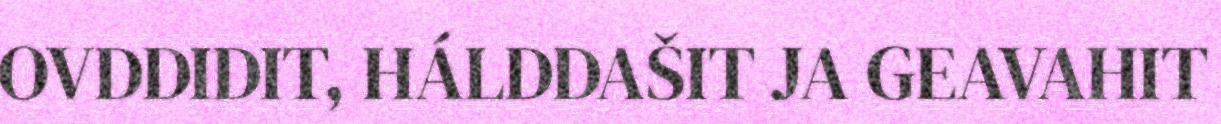
OVDDIDIT, HÁLDDAŠIT JA GEAVAHIT